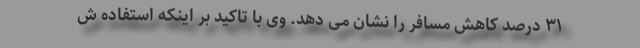
۳۱ درصد کاهش مسافر را نشان می دهد. وی با تاکید بر اینکه استفاده ش